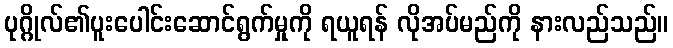
ပုဂ္ဂိုလ်၏ပူးပေါင်းဆောင်ရွက်မှုကို ရယူရန် လိုအပ်မည်ကို နားလည်သည်။